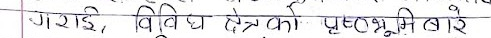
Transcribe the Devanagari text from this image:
गराई, विविध क्षेत्र की पृष्ठभूमि बाले